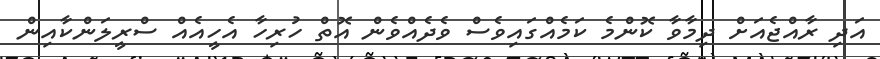
އަދި ރާއްޖެއަށް ދިމާވާ ކޮންމެ ކަމެއްގައިވެސް ވެދެއްވެން އޮތް ހުރިހާ އެހީއެއް ސްރީލަންކާއިން